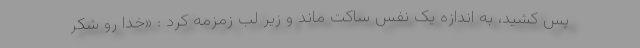
پس کشید، به اندازه یک نفس ساکت ماند و زیر لب زمزمه کرد : «خدا رو شکر